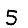
Digit: 5